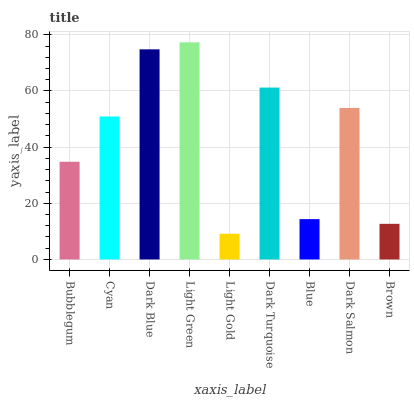
| xaxis_label | bars |
 | --- | --- |
 | Bubblegum | 34.8 |
 | Cyan | 50.9 |
 | Dark Blue | 74.8 |
 | Light Green | 77.3 |
 | Light Gold | 9.16 |
 | Dark Turquoise | 61.2 |
 | Blue | 14.4 |
 | Dark Salmon | 54 |
 | Brown | 12.7 |